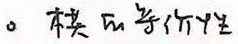
0. 模的等价性